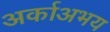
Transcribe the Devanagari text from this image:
अर्काअभय